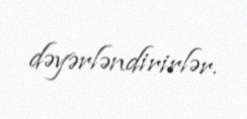
dəyərləndirirlər.